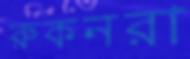
রুকনরা